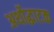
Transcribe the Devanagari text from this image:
अर्थोद्घाटक